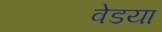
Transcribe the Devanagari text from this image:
वेडया